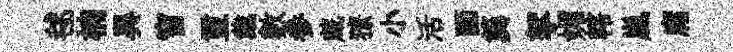
毬楠異窅璽戴數参蔵獠小活靣簨挐媚轄嵐庸